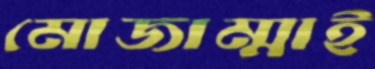
মোজাম্মাই